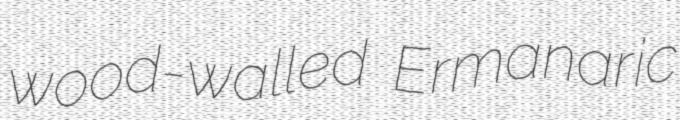
wood-walled Ermanaric